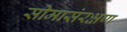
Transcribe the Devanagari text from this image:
सीमासंरक्षण